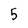
Character: 5